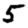
Digit: 5